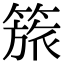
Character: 𥰠